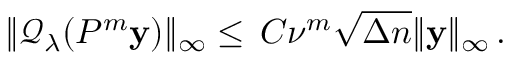
\begin{array} { r } { \| \mathcal { Q } _ { \lambda } ( P ^ { m } \mathbf { y } ) \| _ { \infty } \leq \, C \nu ^ { m } \sqrt { \Delta n } \| \mathbf { y } \| _ { \infty } \, . } \end{array}